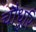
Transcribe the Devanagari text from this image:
चौधुरि